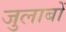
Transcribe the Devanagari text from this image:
जुलाबों